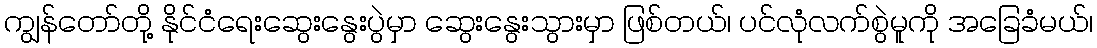
ကျွန်တော်တို့ နိုင်ငံရေးဆွေးနွေးပွဲမှာ ဆွေးနွေးသွားမှာ ဖြစ်တယ်၊ ပင်လုံလက်စွဲမူကို အခြေခံမယ်၊